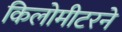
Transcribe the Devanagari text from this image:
किलोमीटरने